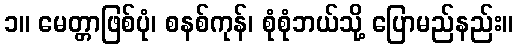
၁။ မေတ္တာဖြစ်ပုံ၊ စနစ်ကုန်၊ စုံစုံဘယ်သို့ ပြောမည်နည်း။